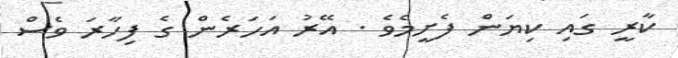
ކާރީ ގައި ކިޔަން ފެށީމެވެ . އޭރު އަހަރެން ގެ ފިހާރަ ވެސް